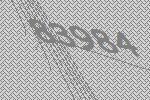
83984